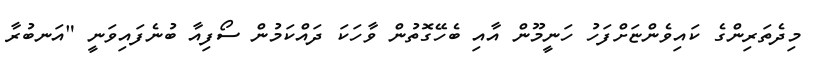
މިދެތަރިންގެ ކައިވެންޏަށްފަހު ހަނީމޫން އާއި ބެހޭގޮތުން ވާހަކަ ދައްކަމުން ސޯފިއާ ބުނެފައިވަނީ "އަނބުރާ